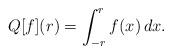
LaTeX: \begin{align*}Q[f](r) = \int_{-r}^{r} f(x) \, dx.\end{align*}